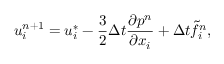
u _ { i } ^ { n + 1 } = u _ { i } ^ { * } - \frac { 3 } { 2 } \Delta t \frac { \partial p ^ { n } } { \partial x _ { i } } + \Delta t \tilde { f } _ { i } ^ { n } ,